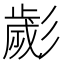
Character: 𢒱